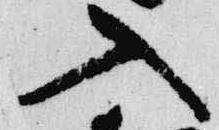
入